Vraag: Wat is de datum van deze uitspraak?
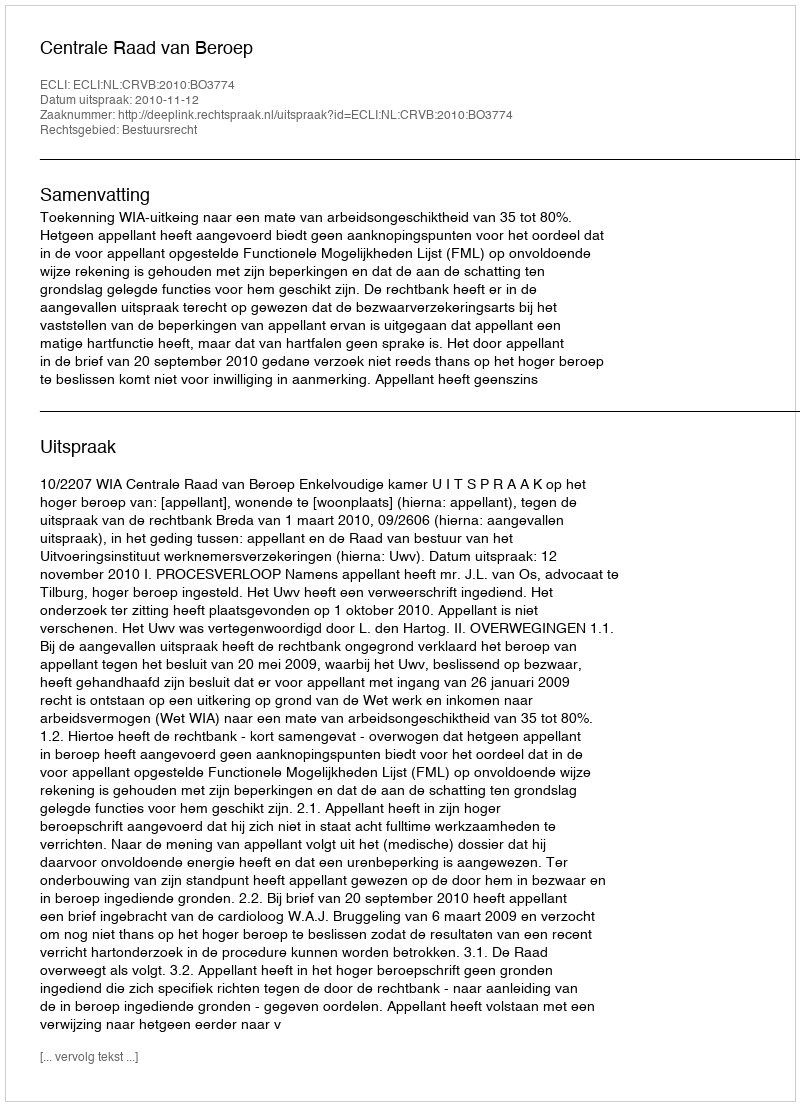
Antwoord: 2010-11-12